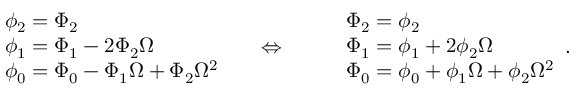
\begin{array} { r l } & { \phi _ { 2 } = \Phi _ { 2 } } \\ & { \phi _ { 1 } = \Phi _ { 1 } - 2 \Phi _ { 2 } \Omega } \\ & { \phi _ { 0 } = \Phi _ { 0 } - \Phi _ { 1 } \Omega + \Phi _ { 2 } \Omega ^ { 2 } } \end{array} \quad \; \Leftrightarrow \quad \; \begin{array} { r l } & { \Phi _ { 2 } = \phi _ { 2 } } \\ & { \Phi _ { 1 } = \phi _ { 1 } + 2 \phi _ { 2 } \Omega } \\ & { \Phi _ { 0 } = \phi _ { 0 } + \phi _ { 1 } \Omega + \phi _ { 2 } \Omega ^ { 2 } } \end{array} .